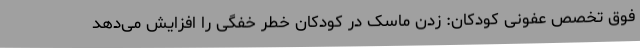
فوق تخصص عفونی کودکان: زدن ماسک در کودکان خطر خفگی را افزایش می‌دهد